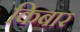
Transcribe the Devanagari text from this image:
किबार